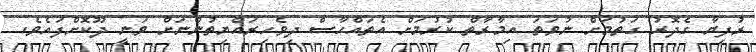
ރުފިޔާ ގެދޮރު ގަތުމަށް ނުވަތަ އިމާރާތް ކުރުމަށް އެތައްހާސް ދިވެހިރައްޔިތުންނަށް ވަނީ ދޫކޮށްފައެވެ.